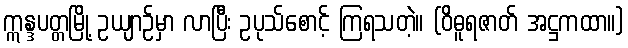
ဣန္ဒပတ္တမြို့ ဥယျာဉ်မှာ လာပြီး ဥပုသ်စောင့် ကြရသတဲ့။ (ဝိဓူရဇာတ် အဋ္ဌကထာ။)